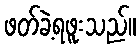
ဖတ်ခဲ့ရဖူးသည်။